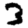
Digit: 3